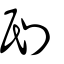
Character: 刡